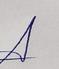
Signature authenticity: genuine